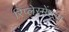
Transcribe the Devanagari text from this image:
रिप्लेस्मेंट्स